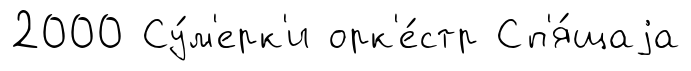
2000 Су́м'ерк'и орк'е́стр Сп'я́щаjа